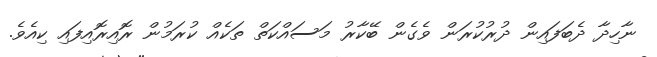
ނާހިދާ ދެބަފައިން ދުރުކުރަން ވެގެން ބޭކާރު މަސައްކަތް ތަކެއް ކުރަމުން ރޮއިރޮއިފައި ކިއެވެ.